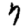
Digit: 7